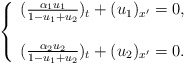
\begin{align*}\left\{ \begin{array}{ll} (\frac{\alpha_1 u_1}{1-u_1+u_2})_{t}+(u_1)_{x'}=0,\\ \\ (\frac{\alpha_2 u_2}{1-u_1+u_2})_{t}+(u_2)_{x'}=0. \end{array} \right.\end{align*}